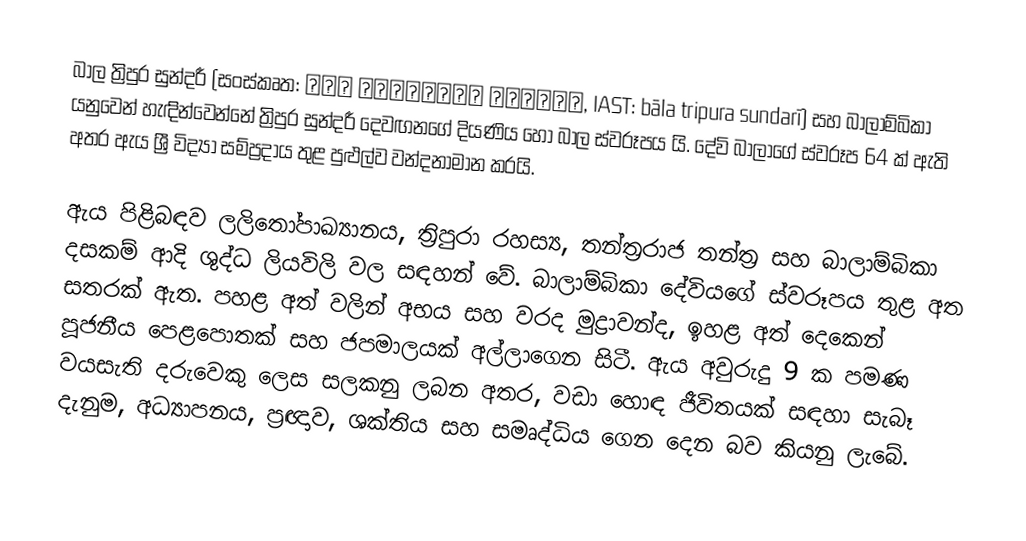
බාල ත්‍රිපුර සුන්දරී (සංස්කෘත: बला त्रिपुरा सुंदरी, IAST: bāla tripura sundarī) සහ බාලාම්බිකා යනුවෙන් හැඳින්වෙන්නේ ත්‍රිපුර සුන්දරී දෙවඟනගේ දියණිය හෝ බාල ස්වරූපය යි. දේවි බාලාගේ ස්වරූප 64 ක් ඇති අතර ඇය ශ්‍රී විද්‍යා සම්ප්‍රදාය තුළ පුළුල්ව වන්දනාමාන කරයි.

ඇය පිළිබඳව ලලිතෝපාඛ්‍යානය, ත්‍රිපුරා රහස්‍ය, තන්ත්‍රරාජ තන්ත්‍ර සහ බාලාම්බිකා දසකම් ආදි ශුද්ධ ලියවිලි වල සඳහන් වේ. බාලාම්බිකා දේවියගේ ස්වරූපය තුළ අත සතරක් ඇත. පහළ අත් වලින් අභය සහ වරද මුද්‍රාවන්ද, ඉහළ අත් දෙකෙන් පූජනීය පෙළපොතක් සහ ජපමාලයක් අල්ලාගෙන සිටී. ඇය අවුරුදු 9 ක පමණ වයසැති දරුවෙකු ලෙස සලකනු ලබන අතර, වඩා හොඳ ජීවිතයක් සඳහා සැබෑ දැනුම, අධ්‍යාපනය, ප්‍රඥාව, ශක්තිය සහ සමෘද්ධිය ගෙන දෙන බව කියනු ලැබේ.